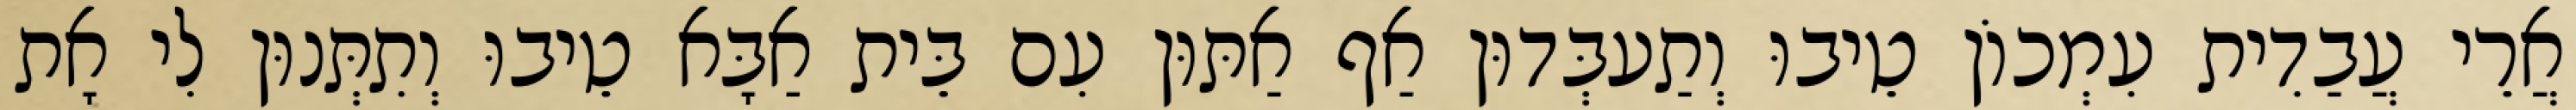
אֲרֵי עֲבַדִית עִמְכוֹן טֵיבוּ וְתַעבְּדוּן אַף אַתּוּן עִם בֵּית אַבָּא טֵיבוּ וְתִתְּנוּן לִי אָת